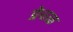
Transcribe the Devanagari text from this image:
प्रेचळ